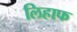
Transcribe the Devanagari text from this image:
लिहाफ